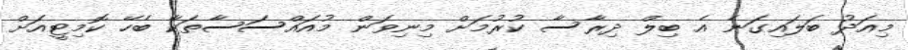
މިއަދު ބަލައިގަނެ އެ ބިލް ދިރާސާ ކުރުމަށް މިނިވަން މުއައްސަސާތަކާ ބެހޭ ކޮމިޓީއަށް